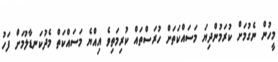
މީހުން ނެގުމަށް ކުރަމުންދިޔަ މަސައްކަތަށް ހުރަސްތައް ކުރިމަތިވެ އިއްޔެ މަސައްކަތް މެދުކަނޑާލުމަށް ފަހު